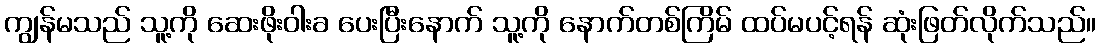
ကျွန်မသည် သူ့ကို ဆေးဖိုးဝါးခ ပေးပြီးနောက် သူ့ကို နောက်တစ်ကြိမ် ထပ်မပင့်ရန် ဆုံးဖြတ်လိုက်သည်။